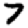
Digit: 7